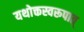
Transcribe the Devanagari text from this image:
यथोक्तस्वरूपात्‌